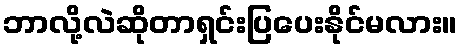
ဘာလို့လဲဆိုတာရှင်းပြပေးနိုင်မလား။